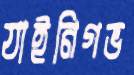
যাইনিগভ